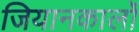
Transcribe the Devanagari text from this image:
जियानकार्लो